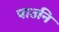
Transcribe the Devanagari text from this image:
पाउनि